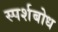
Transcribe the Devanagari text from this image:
स्पर्शबोध